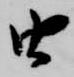
由